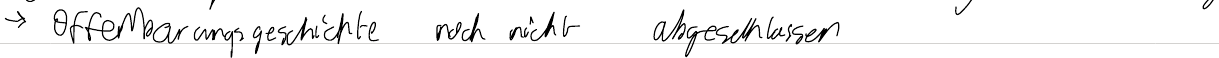
-> Offenbarungsgeschichte noch nicht abgeschlossen